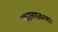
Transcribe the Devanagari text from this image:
काव्यप्रकाश।